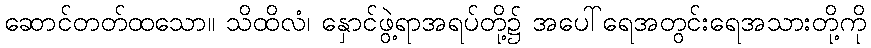
ဆောင်တတ်ထသော။ သိထိလံ၊ နှောင်ဖွဲ့ရာအရပ်တို့၌ အပေါ်ရေအတွင်းရေအသားတို့ကို